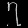
Digit: ၇